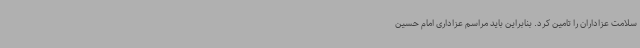
سلامت عزاداران را تامین کرد. بنابراین باید مراسم عزاداری امام حسین